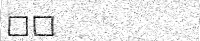
٩٦